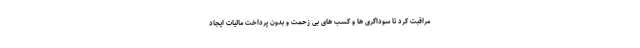
مراقبت کرد تا سوداگری ها و کسب های بی زحمت و بدون پرداخت مالیات ایجاد